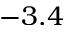
- 3 . 4